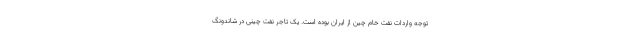
توجه واردات نفت خام چین از ایران بوده است. یک تاجر نفت چینی در شاندونگ